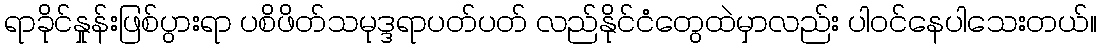
ရာခိုင်နှုန်းဖြစ်ပွားရာ ပစိဖိတ်သမုဒ္ဒရာပတ်ပတ် လည်နိုင်ငံတွေထဲမှာလည်း ပါဝင်နေပါသေးတယ်။